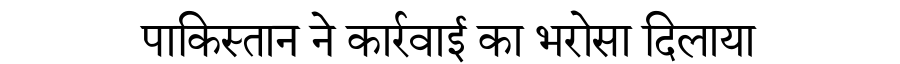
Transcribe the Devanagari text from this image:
पाकिस्तान ने कार्रवाई का भरोसा दिलाया